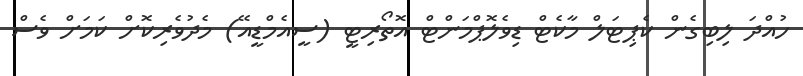
ހުއްދަ ލިބިގެން ކެޕިޓަލް މާކެޓް ޑިވެލޮޕްމަންޓް އޮތޯރިޓީ (ސީއެމްޑީއޭ) މެދުވެރިކޮށް ކަމަށް ވެސް